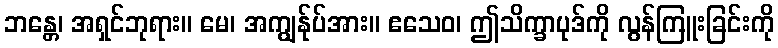
ဘန္တေ၊ အရှင်ဘုရား။ မေ၊ အကျွန်ုပ်အား။ ဧသေဝ၊ ဤသိက္ခာပုဒ်ကို လွန်ကြူးခြင်းကို